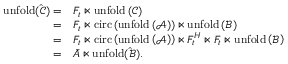
\begin{array} { r l } { \mathrm { u n f o l d ( \hat { \mathcal { C } } ) } = } & { F _ { t } \ltimes \mathrm { u n f o l d \left( \mathcal { C } \right) } } \\ { = } & { F _ { t } \ltimes \mathrm { c i r c } \left( \mathrm { u n f o l d \left( \mathcal { A } \right) } \right) \ltimes \mathrm { u n f o l d \left( \mathcal { B } \right) } } \\ { = } & { F _ { t } \ltimes \mathrm { c i r c } \left( \mathrm { u n f o l d \left( \mathcal { A } \right) } \right) \ltimes { F _ { t } ^ { H } } \ltimes F _ { t } \ltimes \mathrm { u n f o l d \left( \mathcal { B } \right) } } \\ { = } & { \bar { A } \ltimes \mathrm { u n f o l d ( \hat { \mathcal { B } } ) } . } \end{array}